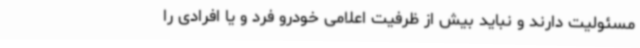
مسئولیت دارند و نباید بیش از ظرفیت اعلامی خودرو فرد و یا افرادی را